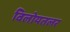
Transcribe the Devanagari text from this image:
विलोयतलर